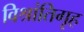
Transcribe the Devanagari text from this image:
विश्रांतिगृह